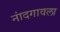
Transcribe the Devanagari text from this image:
नांदगावला